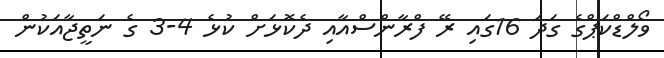
ވޯލްޑްކަޕްގެ ގަދަ 16ގައި ރޭ ފްރާންސްއާއި ދެކޮޅަށް ކުޅެ 4-3 ގެ ނަތީޖާއަކުން